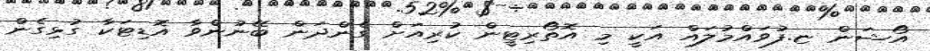
އޯޝަން ޏ.ފުވައްމުލައް އަކީ މި އޮތޯރިޓީން ކުރިއަށް ގެންދަން ބޭނުންވާ އޮޑިޓަކާ ގުޅިގެން